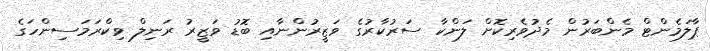
ޕާލަމެންޓް މެންބަރުން މެދުވެރިކޮށް ލަންކާ ސަރުކާރުގެ ވަޒީރުންނާއި ބޮޑު ވަޒީރު ރަނިލް ވިކްރަމަސިންހަގެ